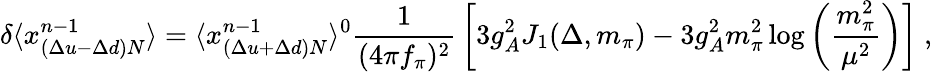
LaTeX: \delta\langle x_{(\Delta u-\Delta d)N}^{n-1}\rangle=\langle x_{(\Delta u+\Delta d)N}^{n-1}\rangle^{0}{\frac{1}{(4\pi f_{\pi})^{2}}}\left[3g_{A}^{2}J_{1}(\Delta,m_{\pi})-3g_{A}^{2}m_{\pi}^{2}\log\left({\frac{m_{\pi}^{2}}{\mu^{2}}}\right)\right]\ ,